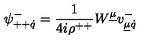
\psi _ { + + \dot { q } } ^ { - } = { \frac { 1 } { 4 i \rho ^ { + + } } } W ^ { \underline { { \mu } } } v _ { \underline { { \mu } } \dot { q } } ^ { - }